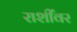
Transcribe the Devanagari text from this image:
राशींवर